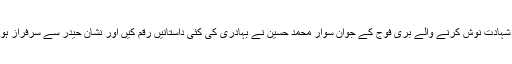
جام شہادت نوش کرنے والے بری فوج کے جوان سوار محمد حسین نے بہادری کی کئی داستانیں رقم کیں اور نشان حیدر سے سرفراز ہوئے۔